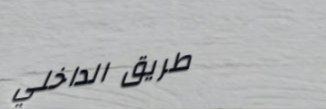
طريق الداخلي